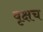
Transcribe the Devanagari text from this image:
वृक्षच